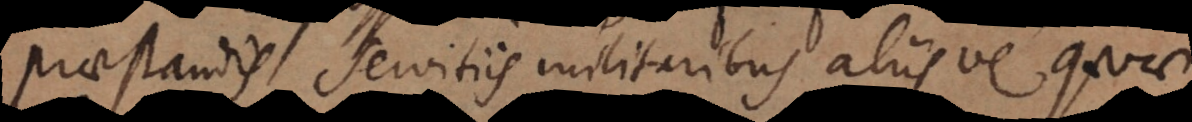
praestandis servitiis militaribus aliisve quae